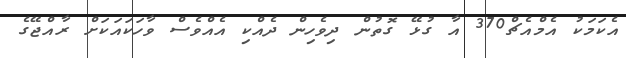
އެކަމަކު އެމްއެޗް370 އާ ގުޅޭ ގޮތުން ދިވެހިން ދެއްކި އެއްވެސް ވާހަކައަކަށް ރާއްޖޭގެ